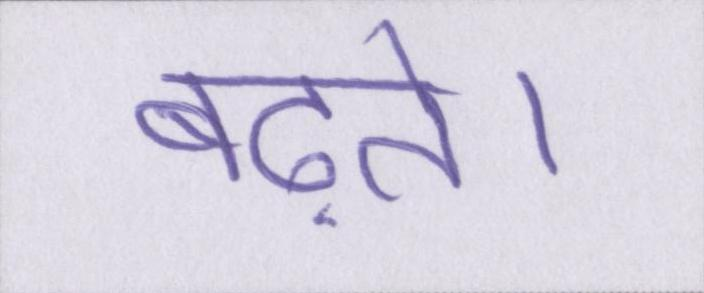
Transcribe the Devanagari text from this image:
बढ़ते।